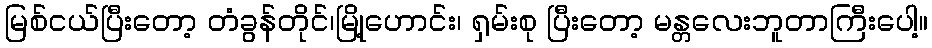
မြစ်ငယ်ပြီးတော့ တံခွန်တိုင်၊မြို့ဟောင်း၊ ရှမ်းစု ပြီးတော့ မန္တလေးဘူတာကြီးပေါ့။